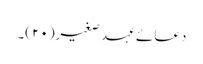
دعائے عہد صغیر(۲۰)۔